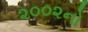
૨૦૦૨નો